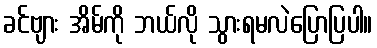
ခင်ဗျား အိမ်ကို ဘယ်လို သွားရမလဲပြောပြပါ။